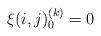
LaTeX: \begin{align*}\xi(i,j)^{(k)}_0 = 0\quad\end{align*}